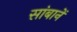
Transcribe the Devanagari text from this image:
सांबानें